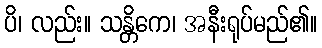
ပိ၊ လည်း။ သန္တိကေ၊ အနီးရုပ်မည်၏။